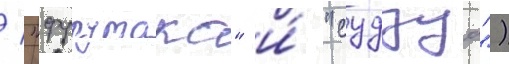
/ "фурутака" и́ "судзуа")